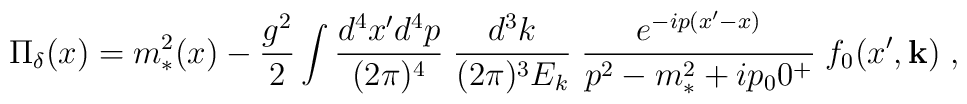
\Pi_{\delta}(x) = m_*^2(x) - { g^2 \over 2} \int {d^4 x' d^4 p \over (2\pi )^4}\; {d^3 k \over (2\pi )^3 E_k} \; {e^{-ip(x'-x)} \over p^2 - m_*^2 + ip_00^+} \; f_0(x',{\bf k}) \;,